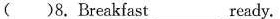
( )8.Breakfast ready.